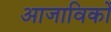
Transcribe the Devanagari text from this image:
आजाविकों